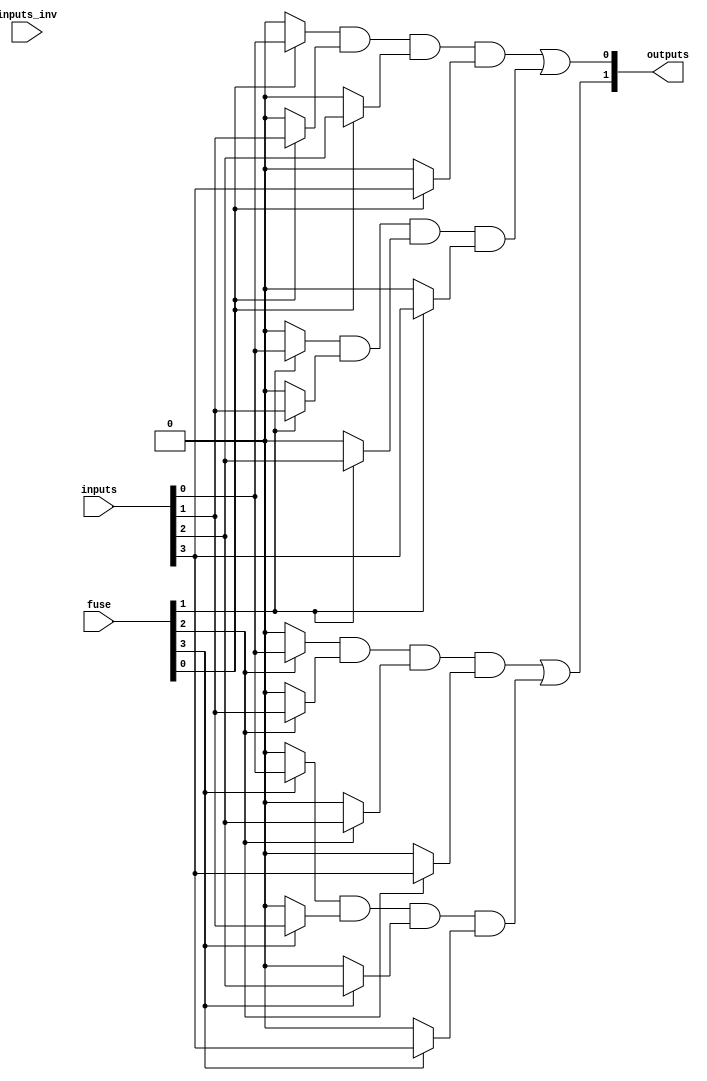
module FusedPAL #(
    parameter N = 4, // Number of inputs
    parameter M = 2, // Number of outputs
    parameter K = 4  // Number of AND gates
)(
    input wire [N-1:0] inputs,       // Input signals
    input wire [N-1:0] inputs_inv,   // Inverted input signals
    input wire [K-1:0] fuse,          // Fuse connections (1 = connected, 0 = disconnected)
    output wire [M-1:0] outputs       // Output signals
);

// Programmable AND array
wire [K-1:0] and_outputs; // Outputs from AND gates

genvar i, j;
generate
    // Generate AND gates
    for (i = 0; i < K; i = i + 1) begin: and_gate
        wire [N-1:0] and_input;
        
        // Example configuration for each AND gate
        assign and_input[0] = (fuse[i] == 1'b1) ? inputs[0] : 1'b0; // Connection based on fuse
        assign and_input[1] = (fuse[i] == 1'b1) ? inputs[1] : 1'b0;
        assign and_input[2] = (fuse[i] == 1'b1) ? inputs[2] : 1'b0;
        assign and_input[3] = (fuse[i] == 1'b1) ? inputs[3] : 1'b0;
        
        // Example: each AND gate takes a subset of inputs
        assign and_outputs[i] = and_input[0] & and_input[1] & and_input[2] & and_input[3]; // AND all inputs
    end
endgenerate

// Fixed OR array
assign outputs[0] = and_outputs[0] | and_outputs[1]; // Combine outputs from AND gates
assign outputs[1] = and_outputs[2] | and_outputs[3];

// Additional outputs can be defined similarly based on the desired logic

endmodule